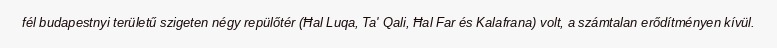
fél budapestnyi területű szigeten négy repülőtér (Ħal Luqa, Ta' Qali, Ħal Far és Kalafrana) volt, a számtalan erődítményen kívül.